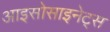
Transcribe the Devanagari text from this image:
आइसोसाइनेट्स